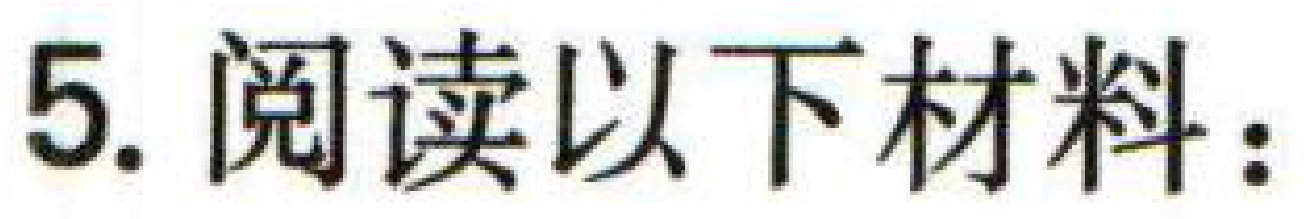
5. 阅读以下材料：